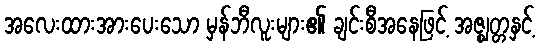
အလေးထားအားပေးသော မှန်ဘီလူးများ၏ ချင်းစီအနေဖြင့် အဇ္ဈတ္တနှင့်